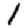
Digit: 1